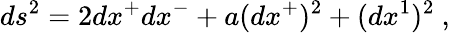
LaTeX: ds^{2}=2dx^{+}dx^{-}+a(dx^{+})^{2}+(dx^{1})^{2}~,